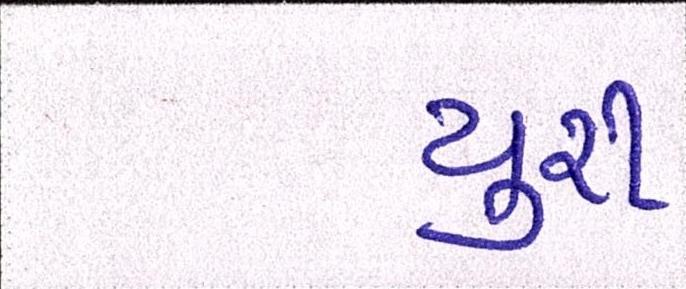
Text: યુરી